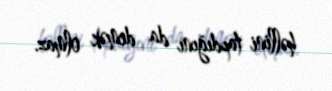
həllini tapdığını da demək olmaz.